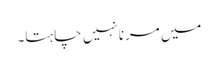
میں مرنا نہیں چاہتا۔